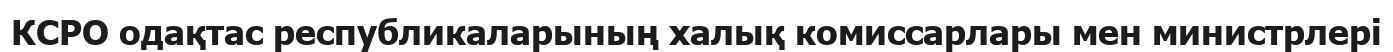
КСРО одақтас республикаларының халық комиссарлары мен министрлері